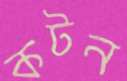
কটন